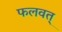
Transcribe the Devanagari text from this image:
फलवत्